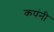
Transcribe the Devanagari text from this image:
कपंनी